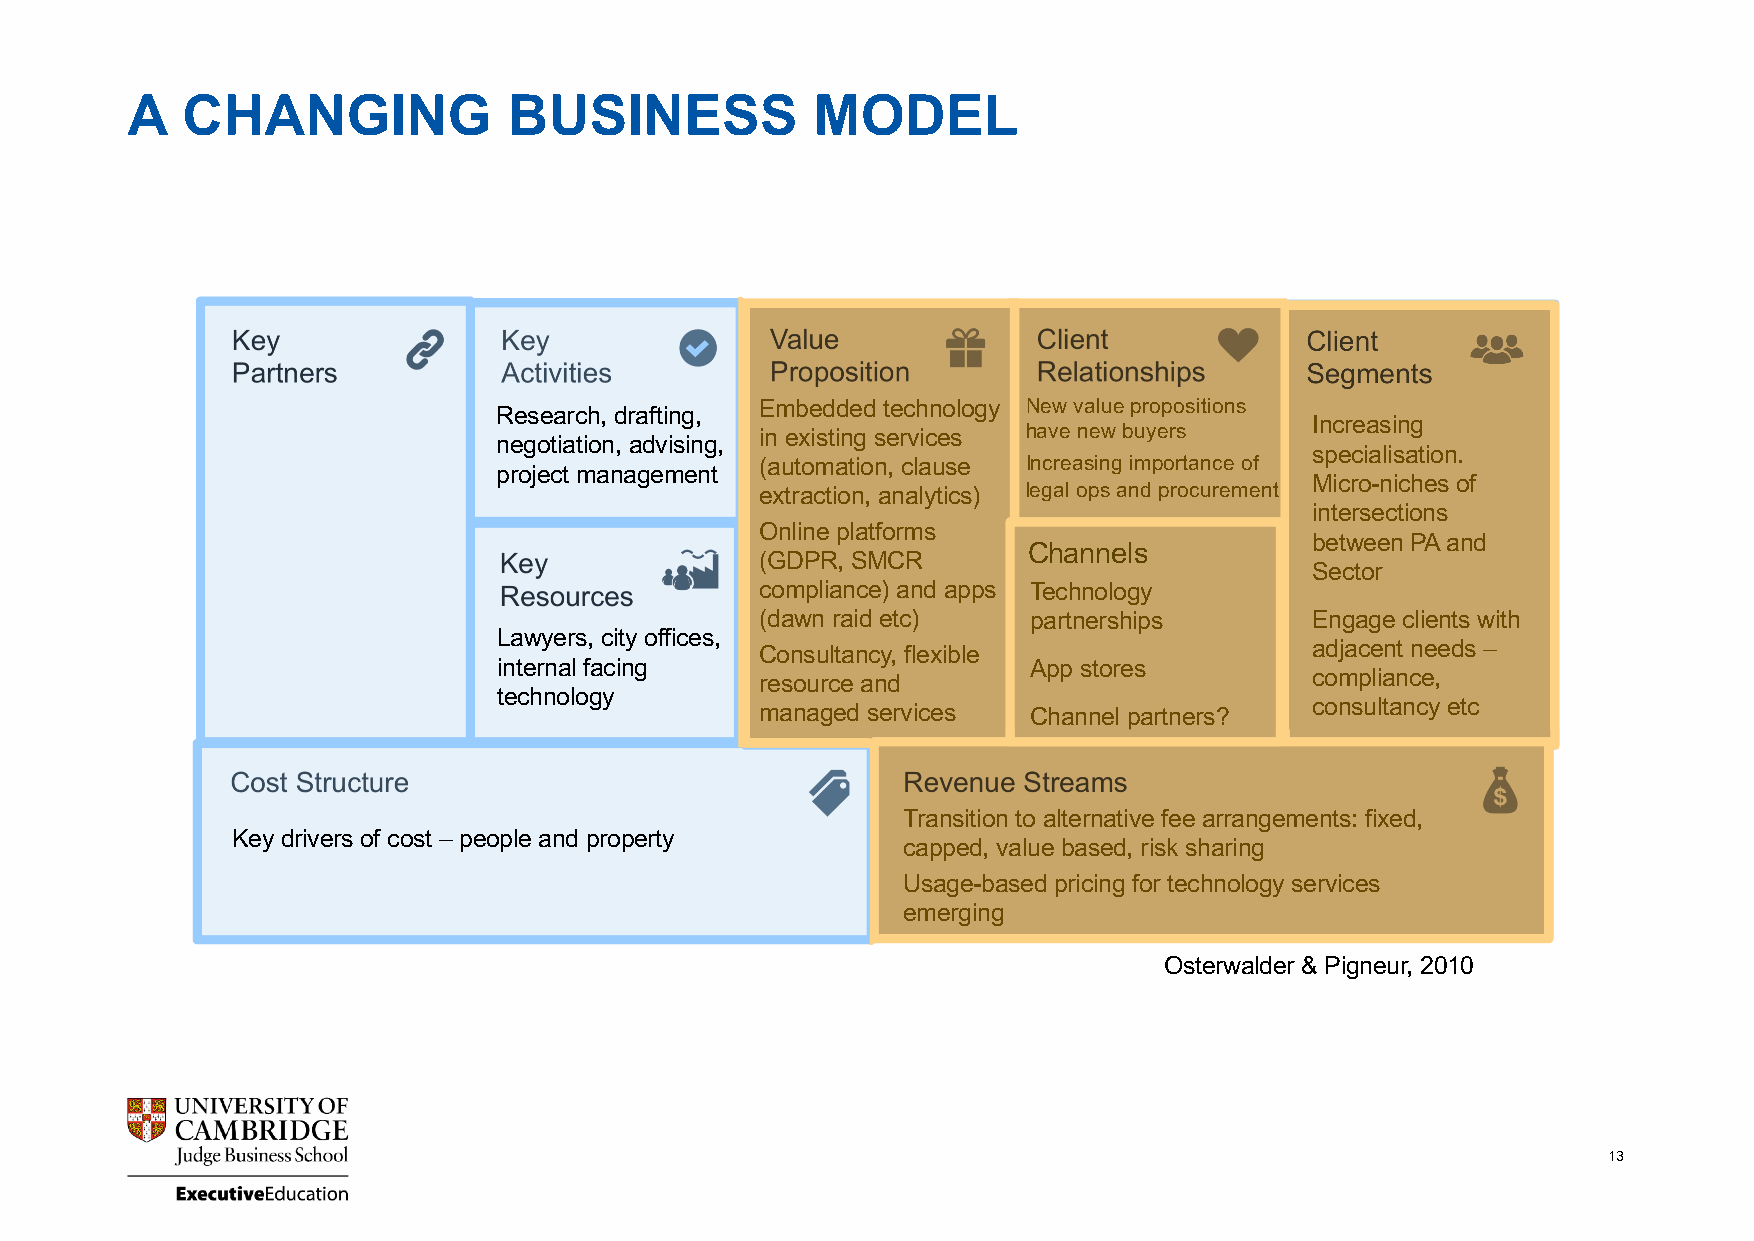
A   CHANGING              BUSINESS            MODEL
 Embedded technology New value propositions
 Research, drafting, Predominantly   Key client
 Increasing
 in existing services have new buyers  Primarily
 negotiation, advising, bespoke legal services programmes for
 specialisation.
 (automation, clause Increasing importance of businesses
 project management (advice, transactions, high value clients
 Micro-niches of
 extraction, analytics) legal ops and procurement
 litigation).
 inOteftresne csteiognms ented
 Online platforms
 bbeytw inedeuns PtrAy and
 (S Go Dm Pe
 R
 m
 ,
 Sor Me
 CR
 CChhaannnneelsls
 Sseecctotorr, geography
 standardised offerings
 compliance) and apps TFeicrmhn oorlo pgrya ctice and organisation
 ( Td ya pw icn
 a
 lr la yi d
 d
 ee vtc e)
 loped on
 pgarrotnuepr mshaiprkseting E sn ig zeage clients with
 Lawyers, city offices,
 Ca oPnAs ublatasniscy, flexible      adjacent needs –
 internal facing                    ASpaple sst oprreimsarily
 resource and                         compliance,
 technology                          partner-led
 managed services  Channel partners?  consultancy etc
 Transition to alternative fee arrangements: fixed,
 Traditionally dominated by hourly rate billing
 Key drivers of cost – people and property
 capped, value based, risk sharing
 TUyspaigcael-lbya “sceods tp prliucisn”g for technology services
 emerging
 Osterwalder & Pigneur, 2010
 13